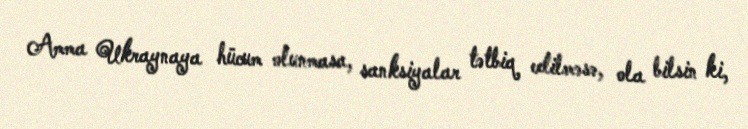
Amma Ukraynaya hücum olunmasa, sanksiyalar tətbiq edilməsə, ola bilsin ki,